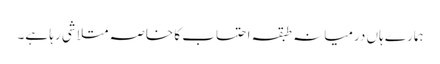
ہمارے ہاں درمیانہ طبقہ احتساب کا خاصہ متلاشی رہا ہے۔